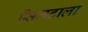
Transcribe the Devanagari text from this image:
सिलटाला